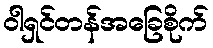
ဝါရှင်တန်အခြေစိုက်